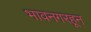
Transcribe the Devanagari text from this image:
भावनगरहून